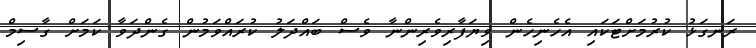
ރަނގަޅު ކުރުމަށްޓަކައި އެހެނިހެން ވިޔަފާރިވެރިންނާ ވެސް ބައްދަލު ކުރައްވަމުން ގެންދަވާ ކަމަށް ގާސިމް